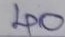
40